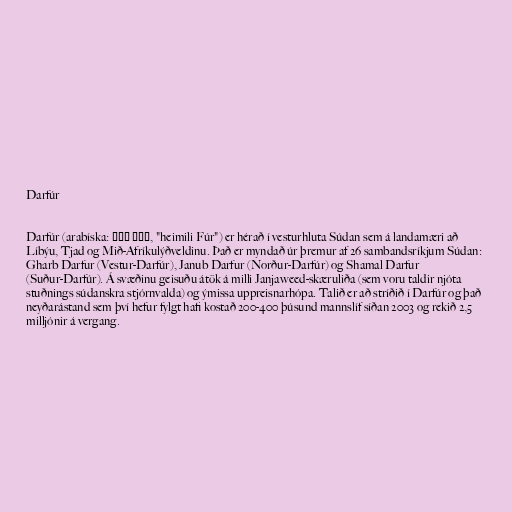
Darfúr

Darfúr (arabíska: دار فور, "heimili Fúr") er hérað í vesturhluta Súdan sem á landamæri að
Líbýu, Tjad og Mið-Afríkulýðveldinu. Það er myndað úr þremur af 26 sambandsríkjum Súdan:
Gharb Darfur (Vestur-Darfúr), Janub Darfur (Norður-Darfúr) og Shamal Darfur
(Suður-Darfúr). Á svæðinu geisuðu átök á milli Janjaweed-skæruliða (sem voru taldir njóta
stuðnings súdanskra stjórnvalda) og ýmissa uppreisnarhópa. Talið er að stríðið í Darfúr og það
neyðarástand sem því hefur fylgt hafi kostað 200-400 þúsund mannslíf síðan 2003 og rekið 2,5
milljónir á vergang.